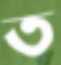
ত